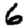
Digit: 6